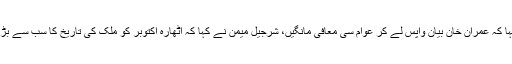
انہوں نے کہا کہ عمران خان بیان واپس لے کر عوام سی معافی مانگیں، شرجیل میمن نے کہا کہ اٹھارہ اکتوبر کو ملک کی تاریخ کا سب سے بڑا جلسہ ہوگا۔